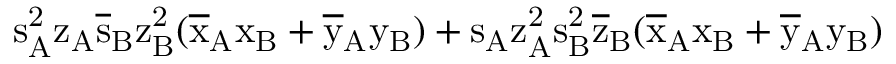
\mathrm { s _ { A } ^ { 2 } \mathrm { z _ { A } \mathrm { \overline { { s } } _ { B } \mathrm { z _ { B } ^ { 2 } ( \mathrm { \overline { { x } } _ { A } \mathrm { x _ { B } + \mathrm { \overline { { y } } _ { A } \mathrm { y _ { B } ) + \mathrm { s _ { A } \mathrm { z _ { A } ^ { 2 } \mathrm { s _ { B } ^ { 2 } \mathrm { \overline { { z } } _ { B } ( \mathrm { \overline { { x } } _ { A } \mathrm { x _ { B } + \mathrm { \overline { { y } } _ { A } \mathrm { y _ { B } ) } } } } } } } } } } } } } } } }